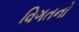
વિગતનો